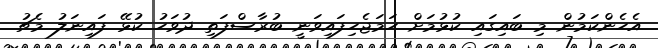
އެހެންކަމުން މި ބައިގައި ކުޅުމަށް ހަމަޖެހިފައިވަނީ ބުރާސްފަތި ދުވަހު ކުޅޭ ފައިނަލު މެޗު